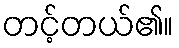
တင့်တယ်၏။